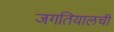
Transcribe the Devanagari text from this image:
जगतियालची